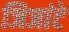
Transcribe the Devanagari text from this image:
जिजांटे